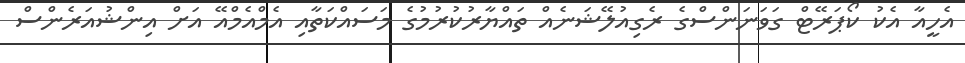
އެހީއާ އެކު ކޯޕަރޭޓް ގަވަނަންސްގެ ރެގިއުލޭޝަނެއް ތައްޔާރުކުރުމުގެ މަސައްކަތާއި އެމްއެމްއޭ އަށް އިންޝުއަރެންސް